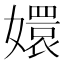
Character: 嬛